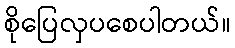
စိုပြေလှပစေပါတယ်။